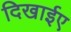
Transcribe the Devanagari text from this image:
दिखाईए